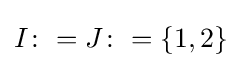
I\colon =J\colon =\{1,2\}